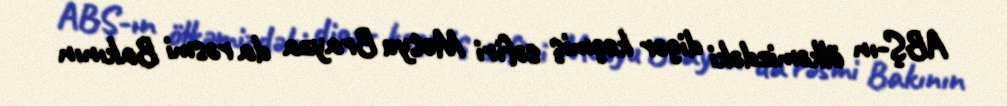
ABŞ-ın ölkəmizdəki digər keçmiş səfiri Metyu Brayza da rəsmi Bakının